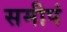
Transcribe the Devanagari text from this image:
समीपं